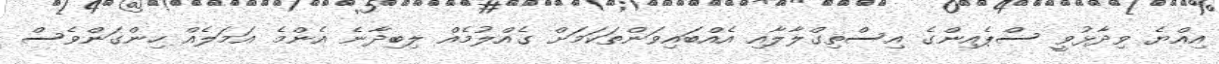
އިއްޔެ ވިދާޅުވީ ސްޕެއިންގެ އިސްތިގްލާލާއި އެއްބައިވަންތަކަމަށް ގެއްލުމެއް ލިބިދާނެ އެންމެ އަމަލެއް ހިންގަންވެސް